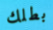
بطلك